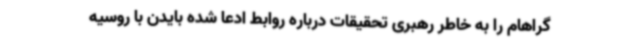
گراهام را به خاطر رهبری تحقیقات درباره روابط ادعا شده بایدن با روسیه